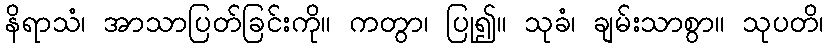
နိရာသံ၊ အာသာပြတ်ခြင်းကို။ ကတွာ၊ ပြု၍။ သုခံ၊ ချမ်းသာစွာ။ သုပတိ၊